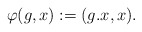
\begin{align*}\varphi(g,x):= (g.x, x).\end{align*}